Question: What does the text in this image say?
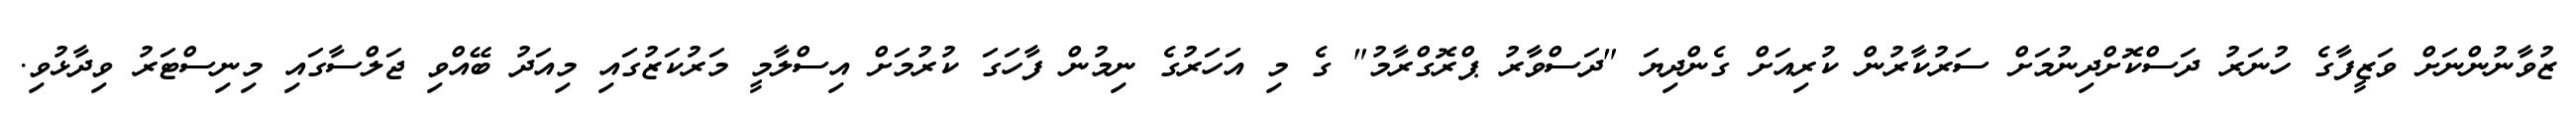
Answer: ޒުވާނުންނަށް ވަޒީފާގެ ހުނަރު ދަސްކޮށްދިނުމަށް ސަރުކާރުން ކުރިއަށް ގެންދިޔަ "ދަސްވާރު ޕްރޮގްރާމު" ގެ މި އަހަރުގެ ނިމުން ފާހަގަ ކުރުމަށް އިސްލާމީ މަރުކަޒުގައި މިއަދު ބޭއްވި ޖަލްސާގައި މިނިސްޓަރު ވިދާޅުވި.